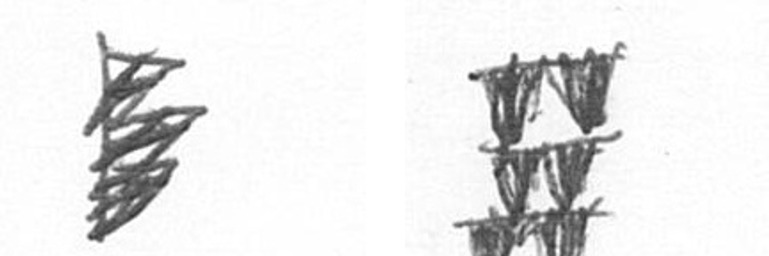
H Y